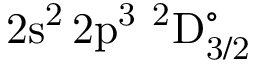
\mathrm { 2 s ^ { 2 } \, 2 p ^ { 3 } ~ ^ { 2 } D _ { 3 / 2 } ^ { \circ } }